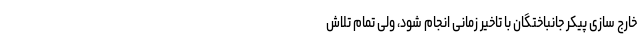
خارج سازی پیکر جانباختگان با تاخیر زمانی انجام شود، ولی تمام تلاش